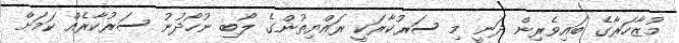
މުޒާހަރާގެ ބައިވެރިން ދަނީ މި ސަރުކާރަކީ ރައްޔިތުންގެ ލޯބި ނުހޯދުނު ސަރުކާރެއް ކަމަށް